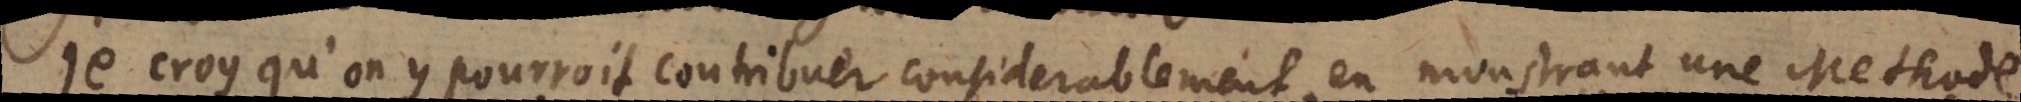
Je croy qu’on y pourroit contribuer considerablement en monstrant une Methode